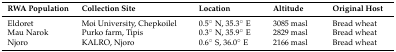
| RWA Population | Collection Site | Location | Altitude | Original Host |
 | --- | --- | --- | --- | --- |
 | Eldoret | Moi University, Chepkoilel | 0.5° N, 35.3° E | 3085 masl | Bread wheat |
 | Mau Narok | Purko farm, Tipis | 0.3° N, 35.9° E | 2829 masl | Bread wheat |
 | Njoro | KALRO, Njoro | 0.6° S, 36.0° E | 2166 masl | Bread wheat |